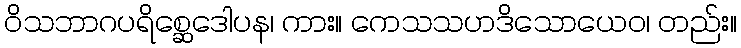
ဝိသဘာဂပရိစ္ဆေဒေါပန၊ ကား။ ကေသသဟဒိသောယေဝ၊ တည်း။